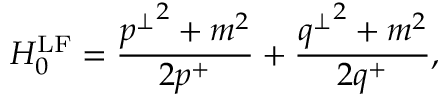
H _ { 0 } ^ { \mathrm { L F } } = \frac { { p ^ { \perp } } ^ { 2 } + m ^ { 2 } } { 2 p ^ { + } } + \frac { { q ^ { \perp } } ^ { 2 } + m ^ { 2 } } { 2 q ^ { + } } ,